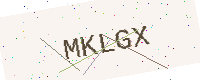
Text: MKLGX